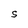
Character: S